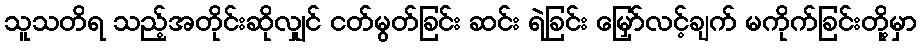
သူသတိရ သည့်အတိုင်းဆိုလျှင် ငတ်မွတ်ခြင်း ဆင်း ရဲခြင်း မြှော်လင့်ချက် မကိုက်ခြင်းတို့မှာ